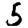
Digit: 5